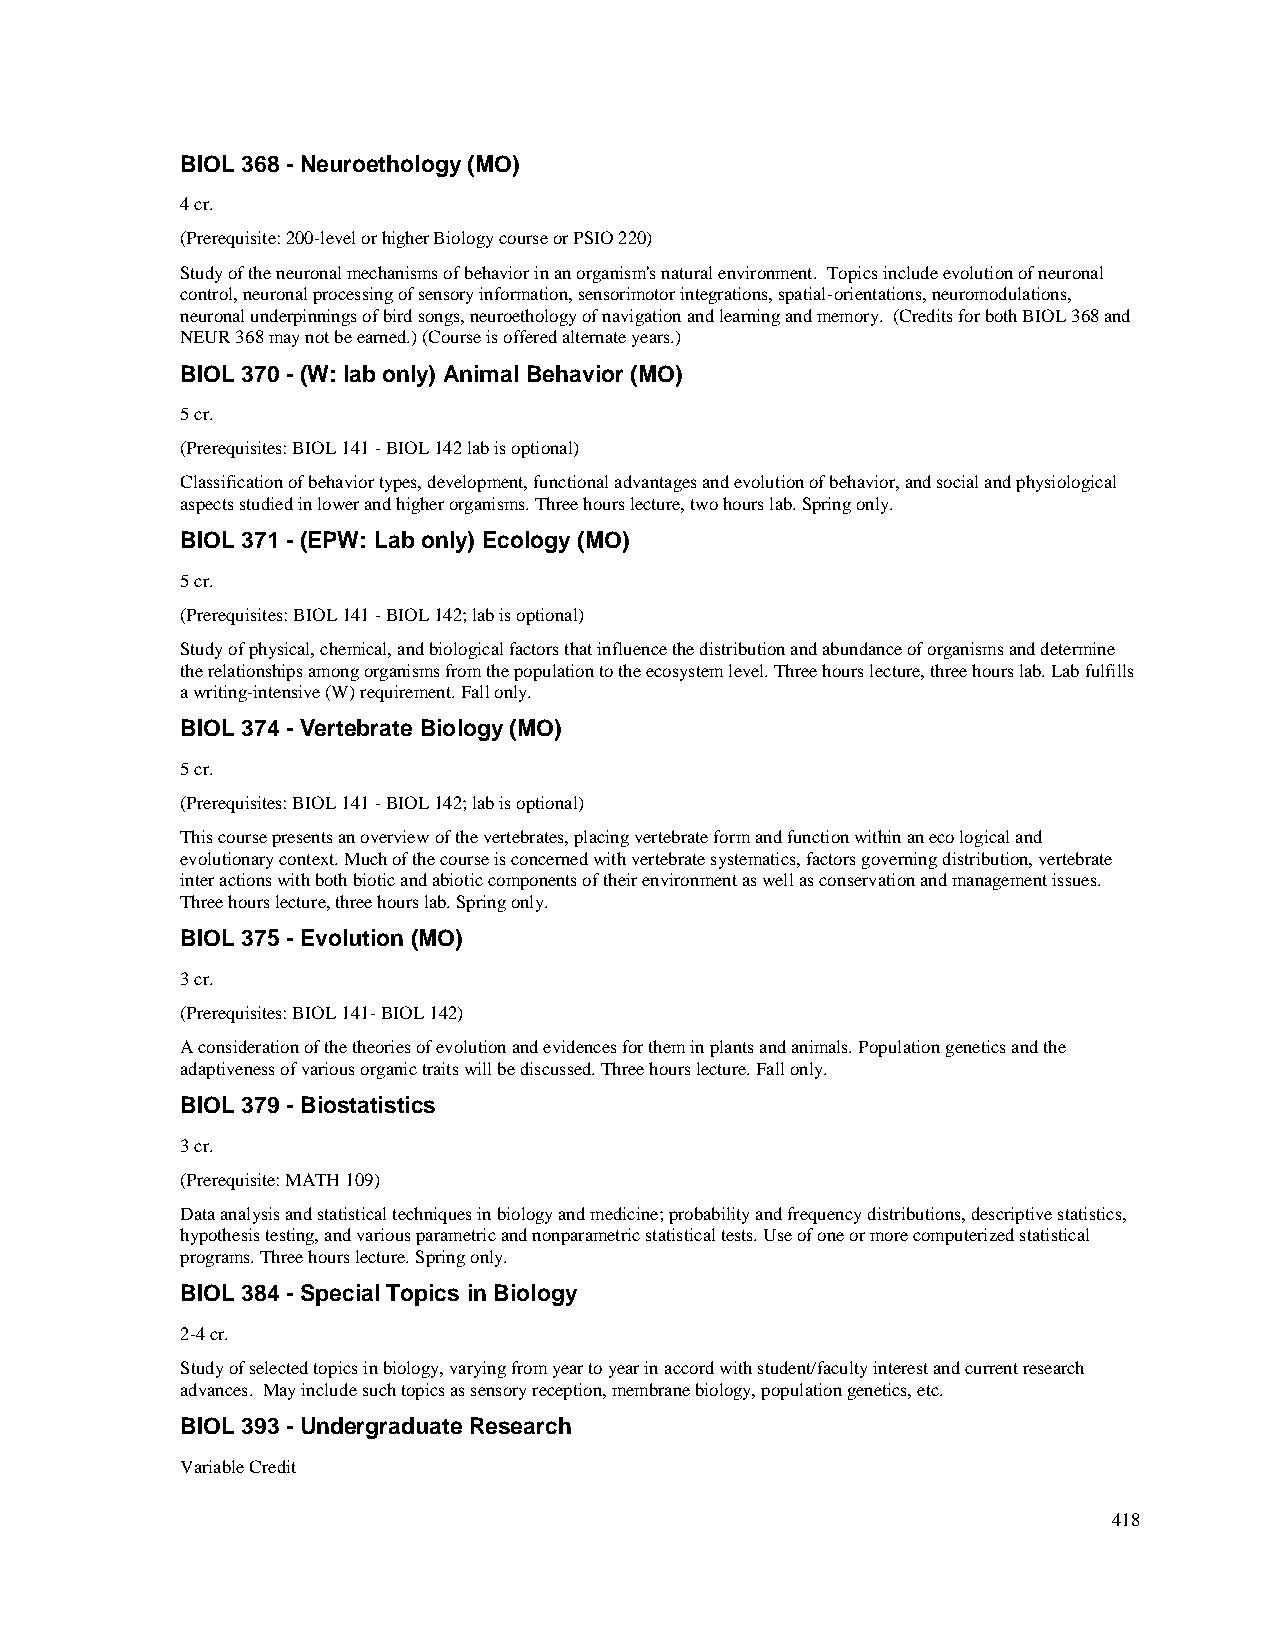
BIOL 368 - Neuroethology (MO)
 4 cr.
 (Prerequisite: 200-level or higher Biology course or PSIO 220)
 Study of the neuronal mechanisms of behavior in an organism's natural environment. Topics include evolution of neuronal
 control, neuronal processing of sensory information, sensorimotor integrations, spatial-orientations, neuromodulations,
 neuronal underpinnings of bird songs, neuroethology of navigation and learning and memory. (Credits for both BIOL 368 and
 NEUR 368 may not be earned.) (Course is offered alternate years.)
 BIOL 370 - (W: lab only) Animal Behavior (MO)
 5 cr.
 (Prerequisites: BIOL 141 - BIOL 142 lab is optional)
 Classification of behavior types, development, functional advantages and evolution of behavior, and social and physiological
 aspects studied in lower and higher organisms. Three hours lecture, two hours lab. Spring only.
 BIOL 371 - (EPW: Lab only) Ecology (MO)
 5 cr.
 (Prerequisites: BIOL 141 - BIOL 142; lab is optional)
 Study of physical, chemical, and biological factors that influence the distribution and abundance of organisms and determine
 the relationships among organisms from the population to the ecosystem level. Three hours lecture, three hours lab. Lab fulfills
 a writing-intensive (W) requirement. Fall only.
 BIOL 374 - Vertebrate Biology (MO)
 5 cr.
 (Prerequisites: BIOL 141 - BIOL 142; lab is optional)
 This course presents an overview of the vertebrates, placing vertebrate form and function within an eco logical and
 evolutionary context. Much of the course is concerned with vertebrate systematics, factors governing distribution, vertebrate
 inter actions with both biotic and abiotic components of their environment as well as conservation and management issues.
 Three hours lecture, three hours lab. Spring only.
 BIOL 375 - Evolution (MO)
 3 cr.
 (Prerequisites: BIOL 141- BIOL 142)
 A consideration of the theories of evolution and evidences for them in plants and animals. Population genetics and the
 adaptiveness of various organic traits will be discussed. Three hours lecture. Fall only.
 BIOL 379 - Biostatistics
 3 cr.
 (Prerequisite: MATH 109)
 Data analysis and statistical techniques in biology and medicine; probability and frequency distributions, descriptive statistics,
 hypothesis testing, and various parametric and nonparametric statistical tests. Use of one or more computerized statistical
 programs. Three hours lecture. Spring only.
 BIOL 384 - Special Topics in Biology
 2-4 cr.
 Study of selected topics in biology, varying from year to year in accord with student/faculty interest and current research
 advances. May include such topics as sensory reception, membrane biology, population genetics, etc.
 BIOL 393 - Undergraduate Research
 Variable Credit
 418